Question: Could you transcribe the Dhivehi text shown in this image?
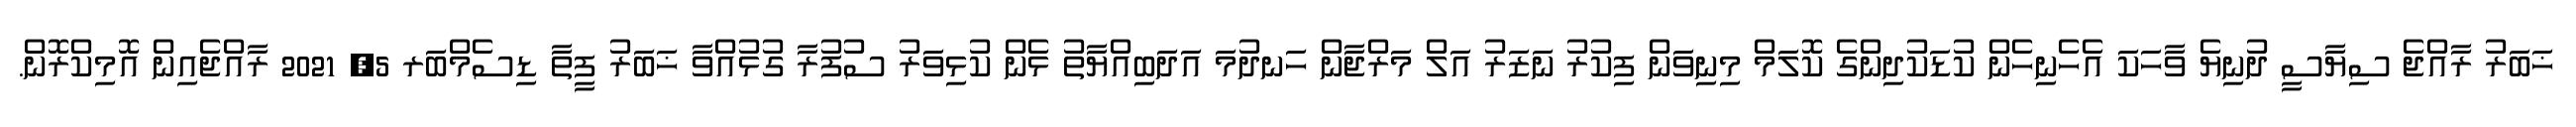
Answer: ޚަބަރު ރާއްޖެ ސިޔާސީ ދުނިޔެ ވާހަކަ އެހެނިހެން ކުޑަކުދިންގެ ކޮލަމް މިނިވަން ފިކުރު ނަޒަރު އަލް މަރްޖާން ހަނދުމަ އަދަބިއްޔާތު ޅެން ކުޅިވަރު ސުފުރާ ގުޅުއްވާ ޚަބަރު ފީތާ ޑިސެމްބަރ 5, 2021 ރާއްޖެއިން އޮމިކްރޮން.